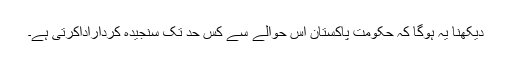
دیکھنا یہ ہوگا کہ حکومت پاکستان اس حوالے سے کس حد تک سنجیدہ کرداراداکرتی ہے۔